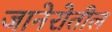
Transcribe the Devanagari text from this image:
जानेरोतील